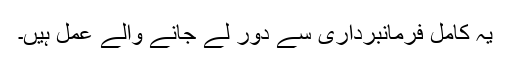
یہ کامل فرمانبرداری سے دور لے جانے والے عمل ہیں۔